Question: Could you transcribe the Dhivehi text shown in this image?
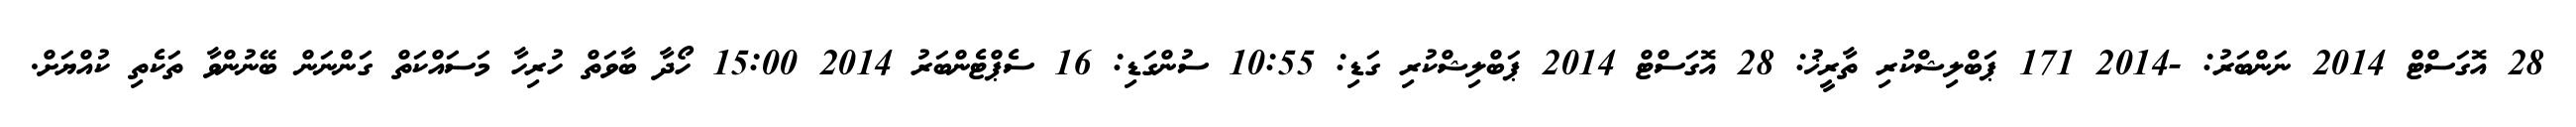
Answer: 28 އޮގަސްޓް 2014 ނަންބަރު: -2014 171 ޕަބްލިޝްކުރި ތާރީޚު: 28 އޮގަސްޓް 2014 ޕަބްލިޝްކުރި ގަޑި: 10:55 ސުންގަޑި: 16 ސެޕްޓެންބަރު 2014 15:00 ހޯދާ ބާވަތް ހުރިހާ މަސައްކަތް ގަންނަން ބޭނުންވާ ތަކެތި ކުއްޔަށް.